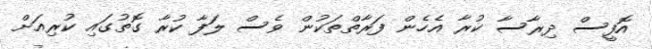
އޮފީސް ދިރާސާ ކުރާ އެހެން ފަރާތްތަކުން ވެސް ލަފާ ކުރާ ގޮތުގައި ކުރިއަށް